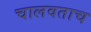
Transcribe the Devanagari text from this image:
चालवताच